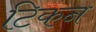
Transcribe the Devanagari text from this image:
टिकन